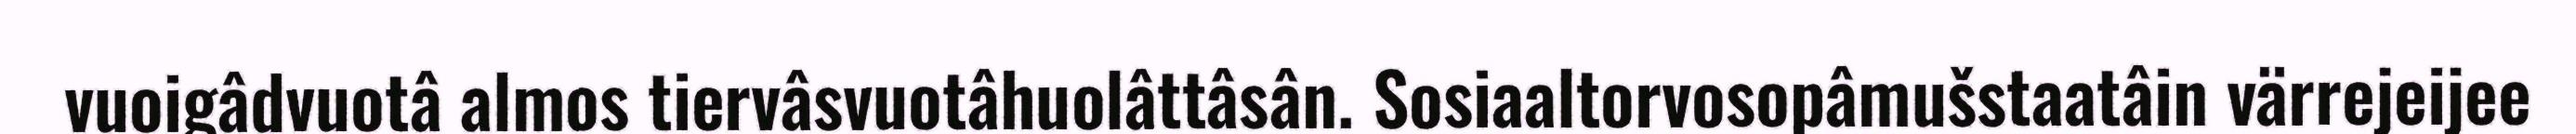
vuoigâdvuotâ almos tiervâsvuotâhuolâttâsân. Sosiaaltorvosopâmušstaatâin värrejeijee